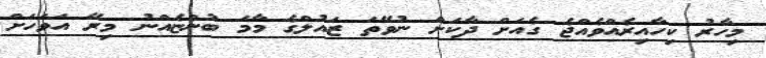
މިހާރު ކިހާއިރެއްވެއްޖެ ގެއަށް ދާކަށް ނުވޭތަ ޒައުލްގެ މާމަ ބުންޏެއްނު މިރޭ އަވަހަށް